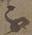
不